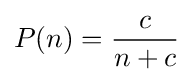
P(n)={c \over n+c}